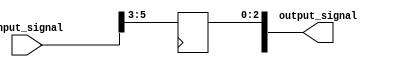
module bit_select_assign(
  input [7:0] input_signal,
  output reg [3:0] output_signal
);

always @(posedge clk) begin
  output_signal[2:0] <= input_signal[5:3]; // Assign bits 5 to 3 from input_signal to bits 2 to 0 in output_signal
end

endmodule